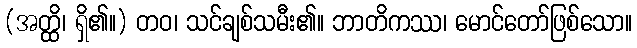
(အတ္ထိ၊ ရှိ၏။) တဝ၊ သင်ချစ်သမီး၏။ ဘာတိကဿ၊ မောင်တော်ဖြစ်သော။